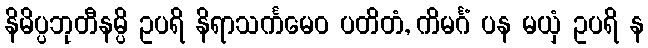
နိမိပ္ပဘုတီနမ္ပိ ဥပရိ နိရာသင်္ကမေဝ ပတိတံ, ကိမင်္ဂံ ပန မယှံ ဥပရိ န